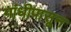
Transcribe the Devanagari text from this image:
गांधीपासून